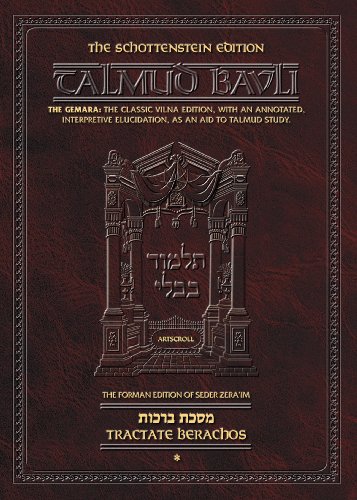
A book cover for Schottenstein Edition of the Talmud: English Full Size, Berachos, Vol. 1 (folios 2a-30b); Zlotowitz; Religion & Spirituality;